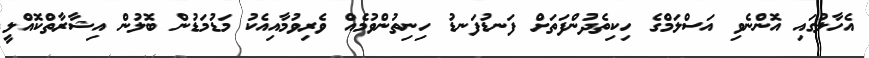
އެހާލުގައި އޮންނެވި އަސްލަމްގެ ހިކިތެދުންފަތަށް ފަނޑުފަނޑު ހިނިތުންވުމެއް ވެރިވުމާއިއެކު މަޑުމަޑުން ބޮލުން އިޝާރާތްކޮއްލީ